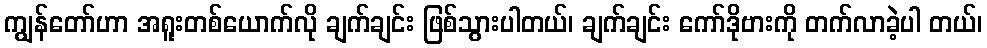
ကျွန်တော်ဟာ အရူးတစ်ယောက်လို ချက်ချင်း ဖြစ်သွားပါတယ်၊ ချက်ချင်း ကော်ဒိုဗားကို တက်လာခဲ့ပါ တယ်၊